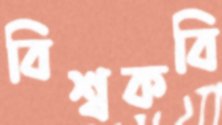
বিশ্বকবি